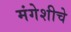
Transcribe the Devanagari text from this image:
मंगेशीचे